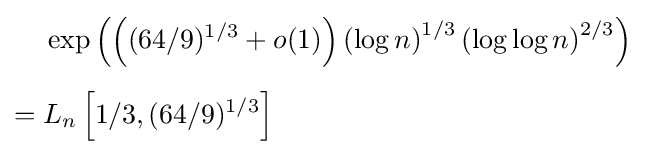
{\begin{aligned}&\exp \left(\left((64/9)^{1/3}+o(1)\right)\left(\log n\right)^{1/3}\left(\log \log n\right)^{2/3}\right)\\[5pt]={}&L_{n}\left[1/3,(64/9)^{1/3}\right]\end{aligned}}